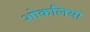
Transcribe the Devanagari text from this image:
शोकलिया